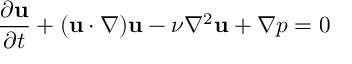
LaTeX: \frac { \partial { \bf u } } { \partial t } + ( { \bf u } \cdot \nabla ) { \bf u } - \nu \nabla ^ { 2 } { \bf u } + \nabla p = 0